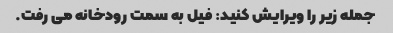
جمله زیر را ویرایش کنید: فیل به سمت رودخانه می رفت.